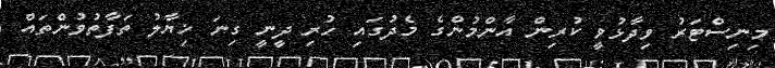
މިނިސްޓަރު ވިދާޅުވީ ކުރިން އާންމުންގެ މެދުގައި ހުރި ދީނީ ގިނަ ޚިޔާލު ތަފާތުވުންތައް